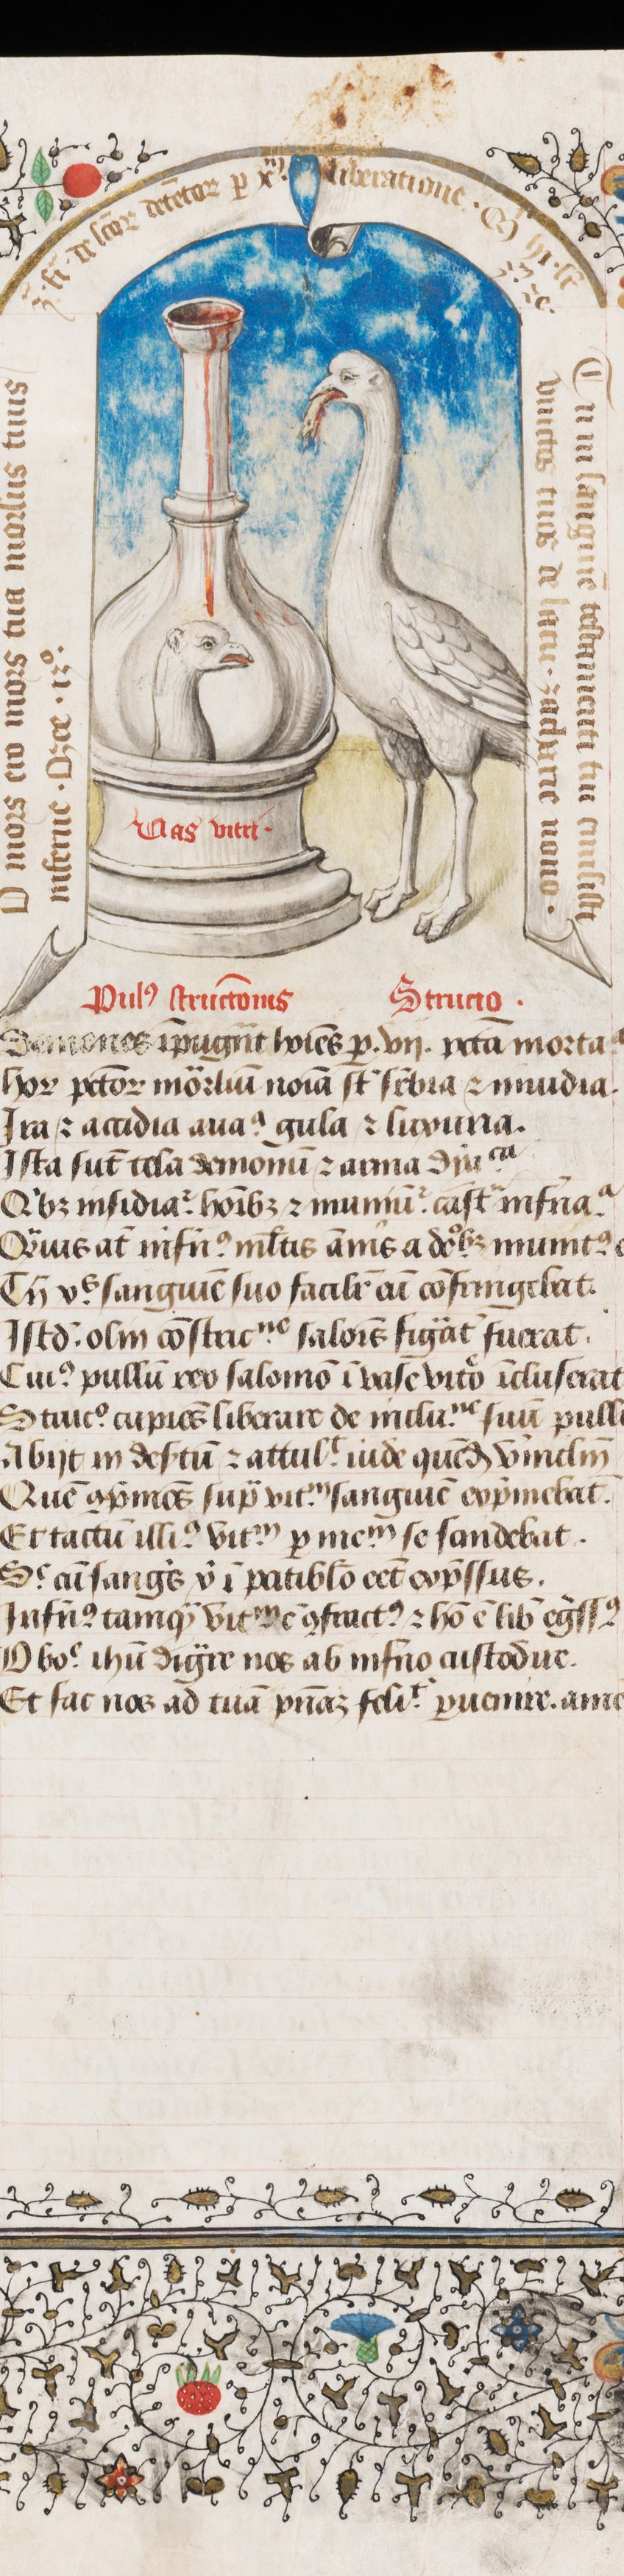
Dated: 1430–1450